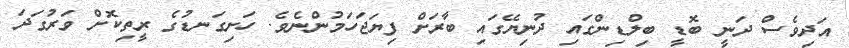
އަދިވެސް ދަނީ ބޮޑީ ބިލްޑިންގައި ދުނިޔޭގައި ބާރަށް ފިޔަޖަހަމުންނެވެ. ހަށިގަނޑުގެ ރީތިކޮށް ވަރުގަދަ